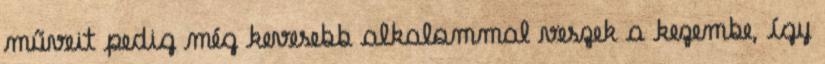
műveit pedig még kevesebb alkalommal veszek a kezembe, így